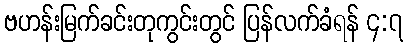
ဗဟန်းမြက်ခင်းတုကွင်းတွင် ပြန်လက်ခံရန် ၄:၇